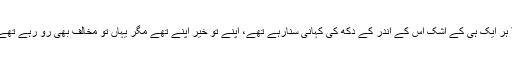
آج پتہ نہیں چل رہا تھا کہ کون ان کا مخالف ہے اور کون چاہنے والا ہر ایک ہی کے اشک اس کے اندر کے دکھ کی کہانی سنارہے تھے، اپنے تو خیر اپنے تھے مگر یہاں تو مخالف بھی رو رہے تھے، بس ایک ہی بات تھی کہ یہ امت مسلمہ کا ناقابل تلافی نقصان ہے۔